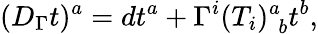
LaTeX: (D_{\Gamma}t)^{a}=dt^{a}+\Gamma^{i}(T_{i})_{\, \, b}^{a}t^{b},